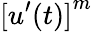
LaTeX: {[u^{\prime}(t)]}^{m}